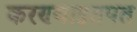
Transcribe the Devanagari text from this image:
करण्याइतपत